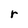
Character: r